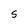
Character: S